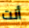
أنت